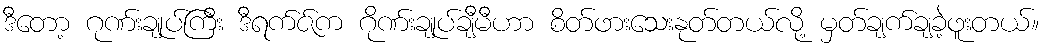
ဒီတော့ ဂုဏ်းချုပ်ကြီး ဒီရက်ဇ်က ဂိုဏ်းချုပ်ချီမီဟာ စိတ်ဖားသေးနုတ်တယ်လို့ မှတ်ချက်ချခဲ့ဖူးတယ်။